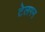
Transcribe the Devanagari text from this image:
टेलगन